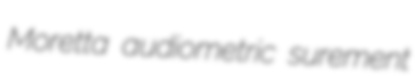
Moretta audiometric surement